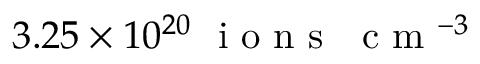
3 . 2 5 \times 1 0 ^ { 2 0 } ~ \mathrm { ~ i ~ o ~ n ~ s ~ } ~ \mathrm { ~ c ~ m ~ } ^ { - 3 }